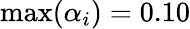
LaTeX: \operatorname*{max}(\alpha_{i})=0.10